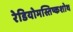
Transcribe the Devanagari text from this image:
रेडियोमस्तिष्कशोथ